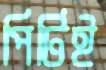
পিটিই